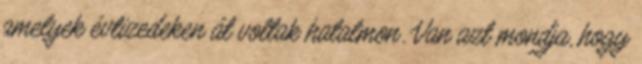
amelyek évtizedeken át voltak hatalmon. Van azt mondja, hogy